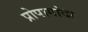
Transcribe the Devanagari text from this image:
प्रोपागांदा